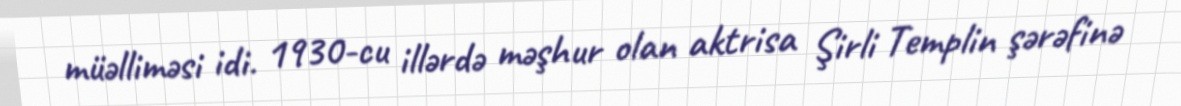
müəlliməsi idi. 1930-cu illərdə məşhur olan aktrisa Şirli Templin şərəfinə